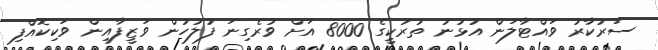
ސަރުކާރު ވައްޓާލަން އުޅުނު ތުރުކީގެ 8000 އަށް ވުރެގިނަ ފުލުހުން ވަޒީފާއިން ވަކިކޮއްފި